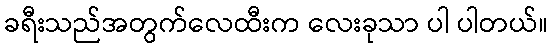
ခရီးသည်အတွက်လေထီးက လေးခုသာ ပါ ပါတယ်။